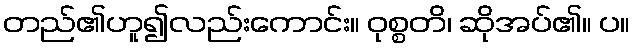
တည်၏ဟူ၍လည်းကောင်း။ ဝုစ္စတိ၊ ဆိုအပ်၏။ ပ။